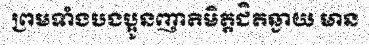
ព្រមទាំងបងប្អូនញាតិមិត្តជិតឆ្ងាយ មាន